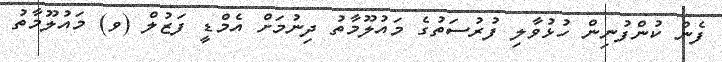
ފެން ކުންފުނިން ހުޅުވާލި ފުރުސަތުގެ މައުލޫމާތު ދިނުމަށް އެމްޑީ ފަޒުލް (ވ) މައުލޫމާތު